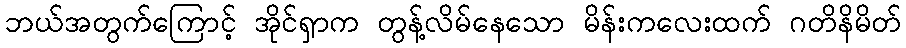
ဘယ်အတွက်ကြောင့် အိုင်ရှာက တွန့်လိမ်နေသော မိန်းကလေးထက် ဂတိနိမိတ်